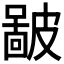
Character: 𥀚